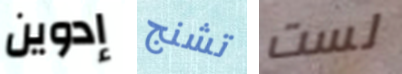
إدوين تشنج لست